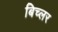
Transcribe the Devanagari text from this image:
बिच्लर